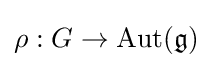
\rho :G\to \operatorname {Aut} ({\mathfrak {g}})